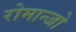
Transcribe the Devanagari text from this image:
रोमान्जो